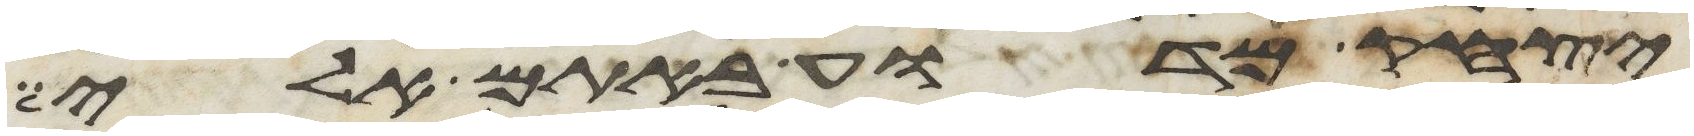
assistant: יצחק מדוע באתם אלי